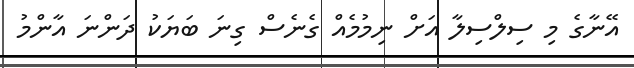
އޭނާގެ މި ސިލްސިލާ އަށް ނިމުމެއް ގެނެސް ގިނަ ބަޔަކު ދަންނަ އާންމު